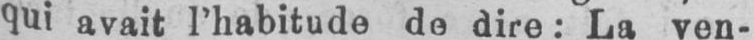
lui avait l’habitude de dire: La ven-